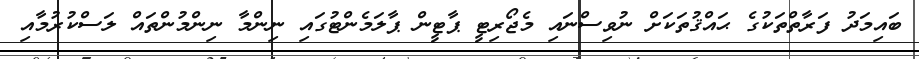
ބައިމަދު ފަރާތްތަކުގެ ޙައްޤުތަކަށް ނުވިސްނައި މެޖޯރިޓީ ޕާޓީން ޕާލަމެންޓުގައި ނިންމާ ނިންމުންތައް ލަސްކުރުމާއި